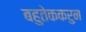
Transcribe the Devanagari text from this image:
बहुतेककरुन